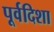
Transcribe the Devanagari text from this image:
पूर्वदिशा